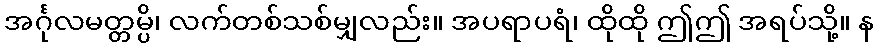
အင်္ဂုလမတ္တမ္ပိ၊ လက်တစ်သစ်မျှလည်း။ အပရာပရံ၊ ထိုထို ဤဤ အရပ်သို့။ န